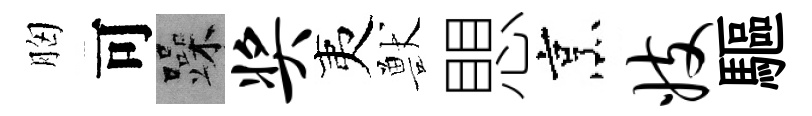
胸可躁奖夷獸愳烹妓驅